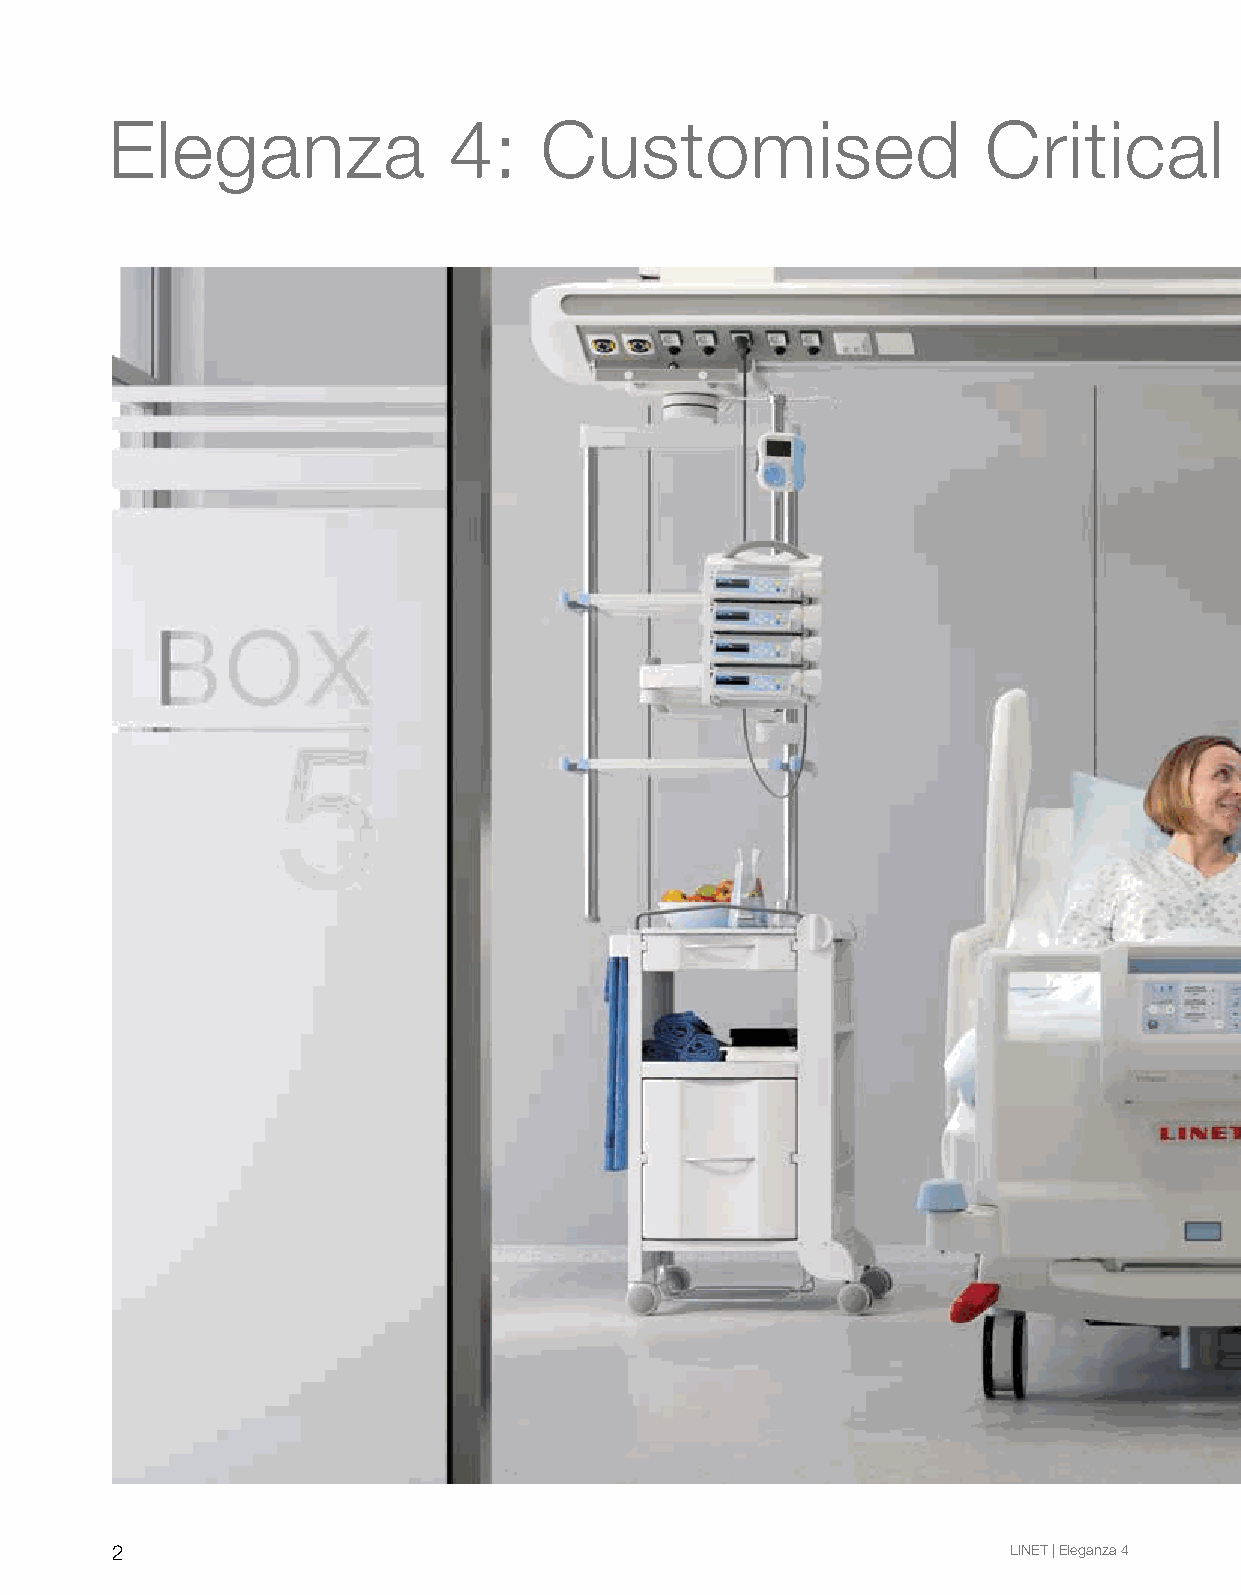
Eleganza               4:    Customised                   Critical          Care         Solution
 2                                                           LINET | Eleganza 4